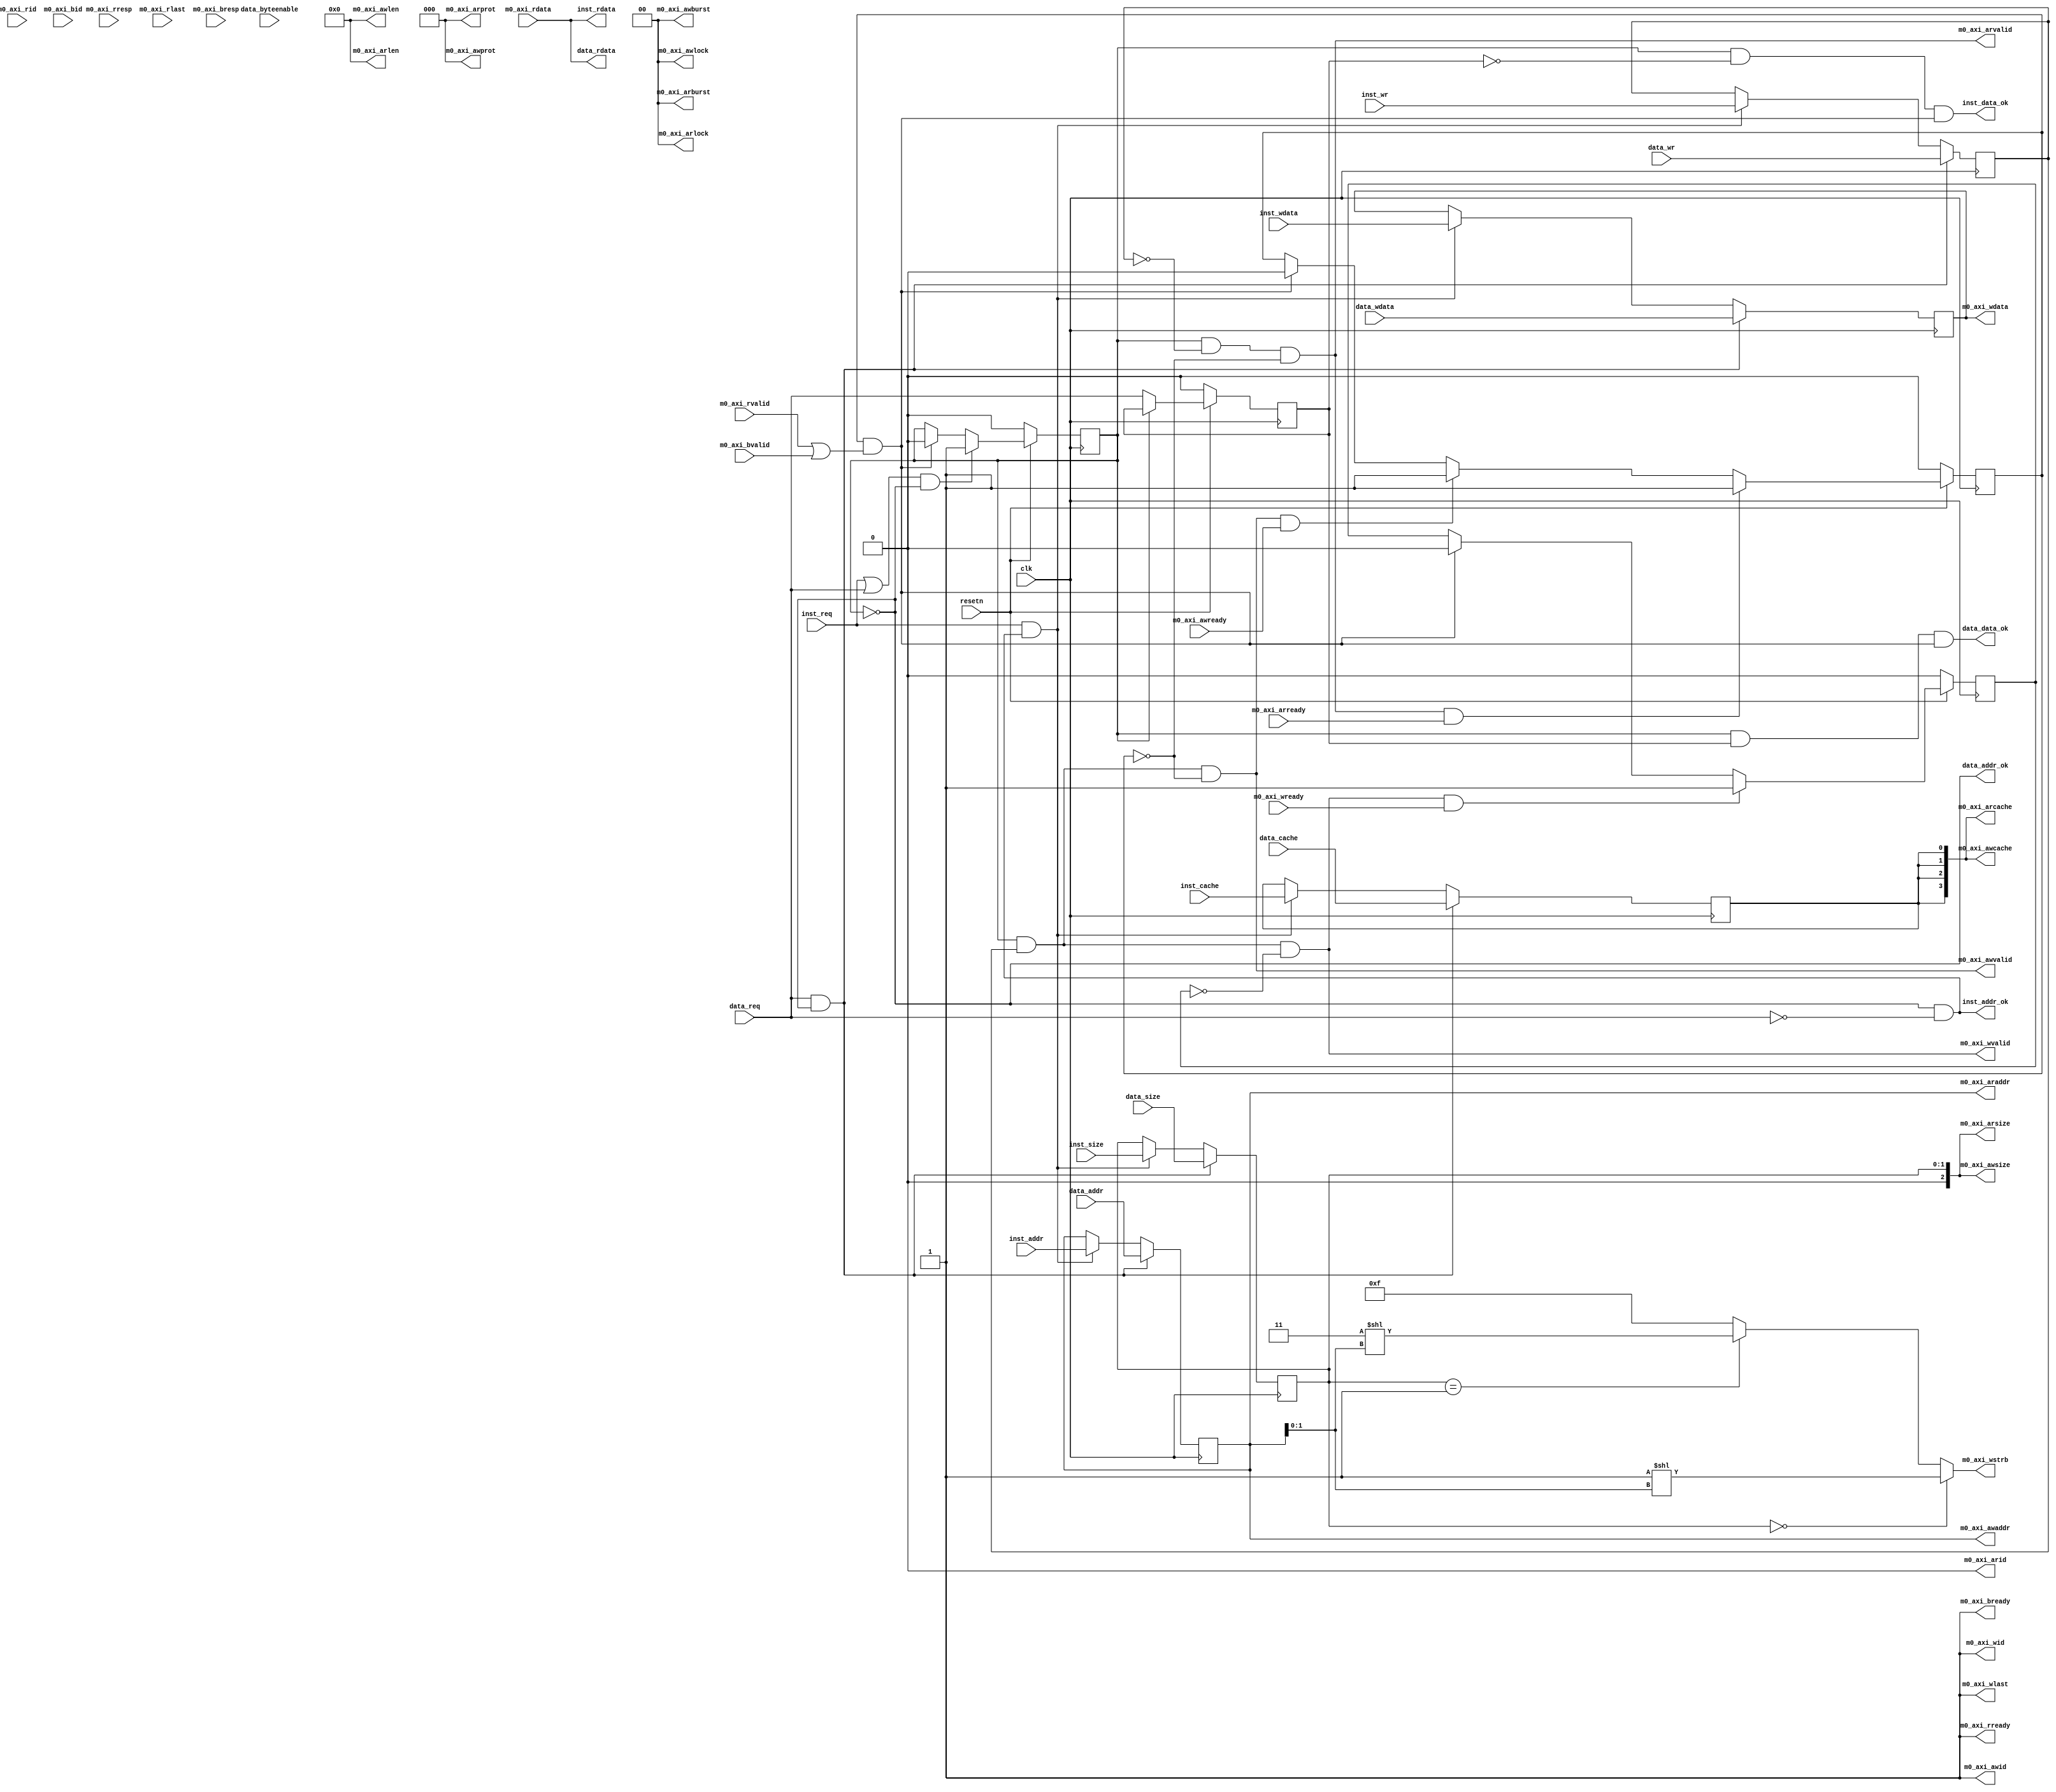
module cpu_axi_interface
(
    input         clk,
    input         resetn, 

    //inst sram-like 
    input         inst_req     ,
    input         inst_wr      ,
    input  [1 :0] inst_size    ,
    input  [31:0] inst_addr    ,
	input         inst_cache   ,
    input  [31:0] inst_wdata   ,
    output [31:0] inst_rdata   ,
    output        inst_addr_ok ,
    output        inst_data_ok ,
    
    //data sram-like 
    input         data_req          ,
    input         data_wr           ,
    input  [1:0]  data_size         ,
	input  [3:0]  data_byteenable   ,
    input  [31:0] data_addr         ,
	input         data_cache        ,
    input  [31:0] data_wdata        ,
    output [31:0] data_rdata        ,
    output        data_addr_ok      ,
    output        data_data_ok      ,

    //axi
    //ar
    output [0 :0] m0_axi_arid         ,
    output [31:0] m0_axi_araddr       ,
    output [7 :0] m0_axi_arlen        ,
    output [2 :0] m0_axi_arsize       ,
    output [1 :0] m0_axi_arburst      ,
    output [1 :0] m0_axi_arlock        ,
    output [3 :0] m0_axi_arcache      ,
    output [2 :0] m0_axi_arprot       ,
    output        m0_axi_arvalid      ,
    input         m0_axi_arready      ,
    //r           
    input  [0 :0] m0_axi_rid          ,
    input  [31:0] m0_axi_rdata        ,
    input  [1 :0] m0_axi_rresp        ,
    input         m0_axi_rlast        ,
    input         m0_axi_rvalid       ,
    output        m0_axi_rready       ,
    //aw          
    output [0 :0] m0_axi_awid         ,
    output [31:0] m0_axi_awaddr       ,
    output [7 :0] m0_axi_awlen        ,
    output [2 :0] m0_axi_awsize       ,
    output [1 :0] m0_axi_awburst      ,
    output [1 :0] m0_axi_awlock       ,
    output [3 :0] m0_axi_awcache      ,
    output [2 :0] m0_axi_awprot       ,
    output        m0_axi_awvalid      ,
    input         m0_axi_awready      ,
    //w          
    output [0 :0] m0_axi_wid          ,
    output [31:0] m0_axi_wdata        ,
    output [3 :0] m0_axi_wstrb        ,
    output        m0_axi_wlast        ,
    output        m0_axi_wvalid       ,
    input         m0_axi_wready       ,
    //b           
    input  [0 :0] m0_axi_bid          ,
    input  [1 :0] m0_axi_bresp        ,
    input         m0_axi_bvalid       ,
    output        m0_axi_bready       
);
//addr
reg do_req;
reg do_req_or; //req is inst or data;1:data,0:inst
reg        do_wr_r;
reg [1 :0] do_size_r;
reg [31:0] do_addr_r;
reg        do_cache_r;
reg [31:0] do_wdata_r;
wire data_back;

assign inst_addr_ok = !do_req&&!data_req;
assign data_addr_ok = !do_req;
always @(posedge clk)
begin
    do_req     <= !resetn                       ? 1'b0 : 
                  (inst_req||data_req)&&!do_req ? 1'b1 :
                  data_back                     ? 1'b0 : do_req;
    do_req_or  <= !resetn ? 1'b0 : 
                  !do_req ? data_req : do_req_or;

    do_wr_r    <= data_req&&data_addr_ok ? data_wr :
                  inst_req&&inst_addr_ok ? inst_wr : do_wr_r;
    do_size_r  <= data_req&&data_addr_ok ? data_size :
                  inst_req&&inst_addr_ok ? inst_size : do_size_r;
    do_addr_r  <= data_req&&data_addr_ok ? data_addr :
                  inst_req&&inst_addr_ok ? inst_addr : do_addr_r;
    do_cache_r <= data_req&&data_addr_ok ? data_cache :
                  inst_req&&inst_addr_ok ? inst_cache : do_cache_r;
    do_wdata_r <= data_req&&data_addr_ok ? data_wdata :
                  inst_req&&inst_addr_ok ? inst_wdata :do_wdata_r;
end

//inst sram-like
assign inst_data_ok = do_req&&!do_req_or&&data_back;
assign data_data_ok = do_req&& do_req_or&&data_back;
assign inst_rdata   = m0_axi_rdata;
assign data_rdata   = m0_axi_rdata;

//---axi
reg addr_rcv;
reg wdata_rcv;

assign data_back = addr_rcv && (m0_axi_rvalid&&m0_axi_rready||m0_axi_bvalid&&m0_axi_bready);
always @(posedge clk)
begin
    addr_rcv  <= !resetn          ? 1'b0 :
                 m0_axi_arvalid&&m0_axi_arready ? 1'b1 :
                 m0_axi_awvalid&&m0_axi_awready ? 1'b1 :
                 data_back        ? 1'b0 : addr_rcv;
    wdata_rcv <= !resetn        ? 1'b0 :
                 m0_axi_wvalid&&m0_axi_wready ? 1'b1 :
                 data_back      ? 1'b0 : wdata_rcv;
end
//ar
assign m0_axi_arid    = 1'b0;
/*
assign m0_axi_arid    = data_req == 1'b1 ? 1'b1:
                        do_req_or == 1'b1 ? 1'b1:
                        1'b0;
                */        
assign m0_axi_araddr  = do_addr_r;
assign m0_axi_arlen   = 8'd0;
assign m0_axi_arsize  = do_size_r;
assign m0_axi_arburst = 2'd0;
assign m0_axi_arlock  = 2'd0;
assign m0_axi_arcache = {4{do_cache_r}};
assign m0_axi_arprot  = 3'd0;
assign m0_axi_arvalid = do_req&&!do_wr_r&&!addr_rcv;
//r
assign m0_axi_rready  = 1'b1;

//aw
assign m0_axi_awid = 1'b1;
/*
assign m0_axi_awid    = data_req == 1'b1 ? 1'b1:
                        do_req_or == 1'b1 ? 1'b1:
                        1'b0;
                        */
assign m0_axi_awaddr  = do_addr_r;
assign m0_axi_awlen   = 8'd0;
assign m0_axi_awsize  = do_size_r;
assign m0_axi_awburst = 2'd0;
assign m0_axi_awlock  = 2'd0;
assign m0_axi_awcache = {4{do_cache_r}};
assign m0_axi_awprot  = 3'd0;
assign m0_axi_awvalid = do_req&&do_wr_r&&!addr_rcv;
//w
assign m0_axi_wid    = 1'b1;
assign m0_axi_wdata  = do_wdata_r;
assign m0_axi_wstrb  = do_size_r==2'd0 ? 4'b0001<<do_addr_r[1:0] :
                       do_size_r==2'd1 ? 4'b0011<<do_addr_r[1:0] : 4'b1111;
assign m0_axi_wlast  = 1'd1;
assign m0_axi_wvalid = do_req&&do_wr_r&&!wdata_rcv;
//b
assign m0_axi_bready  = 1'b1;

endmodule